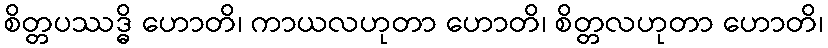
စိတ္တပဿဒ္ဓိ ဟောတိ၊ ကာယလဟုတာ ဟောတိ၊ စိတ္တလဟုတာ ဟောတိ၊